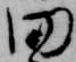
田